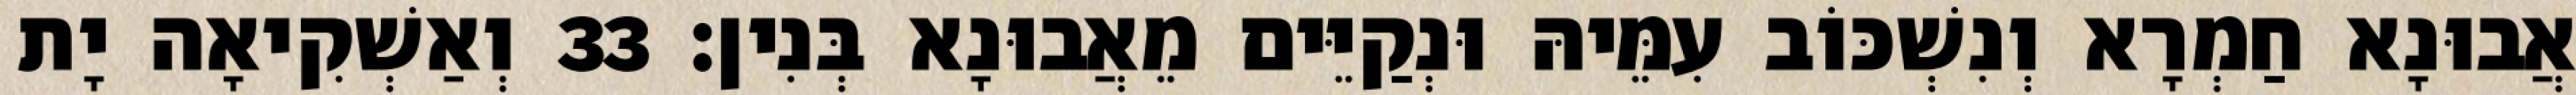
אֲבוּנָא חַמְרָא וְנִשְׁכּוֹב עִמֵּיהּ וּנְקַיֵּים מֵאֲבוּנָא בְּנִין׃ 33 וְאַשְׁקִיאָה יָת